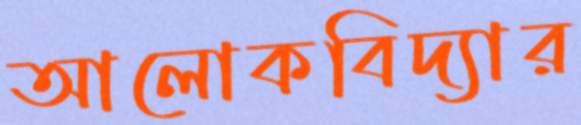
আলোকবিদ্যার